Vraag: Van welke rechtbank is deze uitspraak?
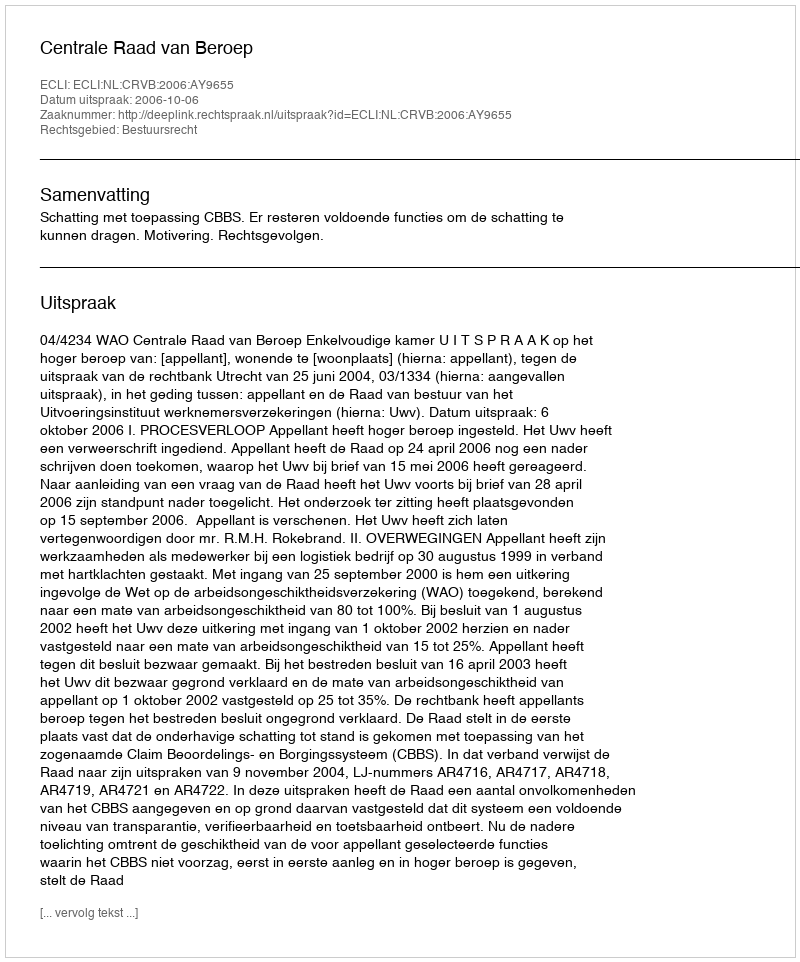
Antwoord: Centrale Raad van Beroep